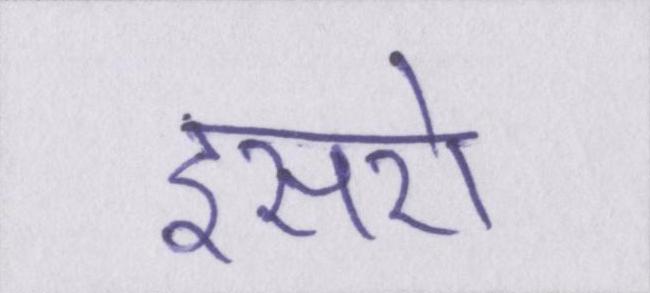
इसरो